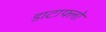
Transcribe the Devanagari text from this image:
डाटाफ्लो